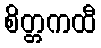
စိတ္တကထီ